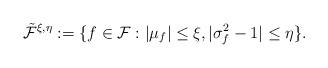
LaTeX: \begin{align*}\tilde{\mathcal{F}}^{\xi, \eta} := \{f \in \mathcal{F}:|\mu_f| \leq \xi,|\sigma_f^2-1| \leq \eta\}.\end{align*}